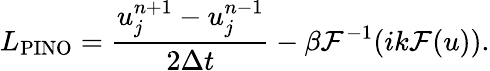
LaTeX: L_{\mathrm{PINO}}=\frac{u_{j}^{n+1}-u_{j}^{n-1}}{2\Delta t}-\beta\mathcal{F}^{-1}(ik\mathcal{F}(u)).